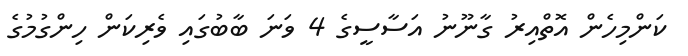
ކަންމިހެން އޮތްއިރު ގާނޫނު އަސާސީގެ 4 ވަނަ ބާބުގައި ވެރިކަން ހިންގުމުގެ